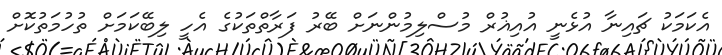
އެކަމަކު ޗައިނާ އުޅެނީ އުއިޣުރް މުސްލިމުންނަށް ބޭރު ފަރާތްތަކުގެ އެހީ ލިބޭކަމަށް ތުހުމަތުކޮށް